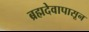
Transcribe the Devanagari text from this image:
ब्रह्मदेवापासून